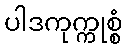
ပါဒကုက္ကုစ္စံ